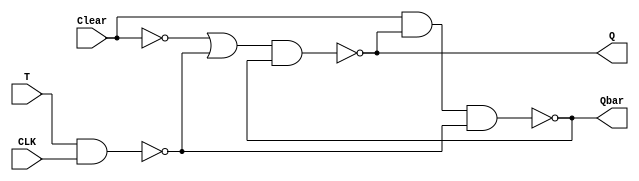
module T_FF(Q, Qbar, CLK, Clear, T);
	output Q, Qbar;
	input T, CLK, Clear;
	
	wire w1, w2, w3, w4, w5;
	
	nand g1(w1, T, CLK);
	not n1(w2, Clear);
	or (w3, w2, w1);
	nand g2(Q, w3, Qbar);
	nand g3(w5, T, CLK);
	nand g4(Qbar, Clear, Q, w5);


endmodule